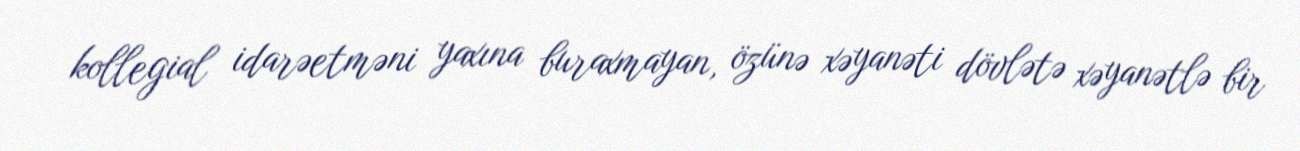
kollegial idarəetməni yaxına buraxmayan, özünə xəyanəti dövlətə xəyanətlə bir